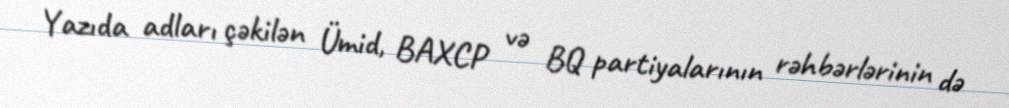
Yazıda adları çəkilən Ümid, BAXCP və BQ partiyalarının rəhbərlərinin də